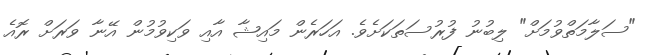
"ސަލާމަތްވުމަށް" ލިބުނު ފުރުސަތަކަށެވެ. އަހަރެން މައިޝާ އާއި ވަކިވުމުން އޭނާ ވަރަށް ރޮއެ